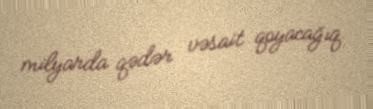
milyarda qədər vəsait qoyacağıq.